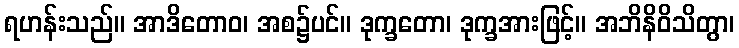
ရဟန်းသည်။ အာဒိတောဝ၊ အစ၌ပင်။ ဒုက္ခတော၊ ဒုက္ခအားဖြင့်။ အဘိနိဝိသိတွာ၊